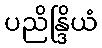
ပညိန္ဒြိယံ